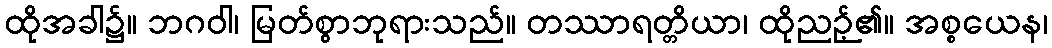
ထိုအခါ၌။ ဘဂဝါ၊ မြတ်စွာဘုရားသည်။ တဿာရတ္တိယာ၊ ထိုညဉ့်၏။ အစ္စယေန၊